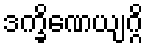
ဒက္ခိဏေယျဂ္ဂိ